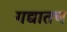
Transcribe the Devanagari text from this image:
गद्यातच